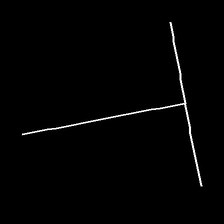
Glyph: column